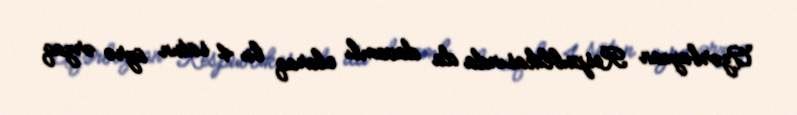
Azərbaycan Respublikasında da davamlı olaraq bu 4 sütun üzrə ərzaq